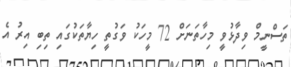
ތަސްނީމް ވިދާޅުވީ މިހާތަނަށް 72 މީހަކު ވަގުތީ ހިޔާތަކުގައި ތިބި އިރު އެ